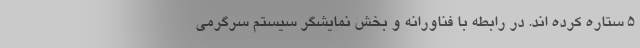
5 ستاره کرده اند. در رابطه با فناورانه و بخش نمایشگر سیستم سرگرمی